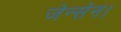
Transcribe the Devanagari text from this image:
जेन्सेन।